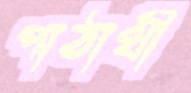
পাঠার্থী